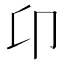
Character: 卬